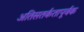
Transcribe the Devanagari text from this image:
अतिसतर्कतापूर्वक